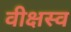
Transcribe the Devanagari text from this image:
वीक्षस्व